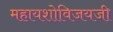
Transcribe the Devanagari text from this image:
महायशोविजयजी